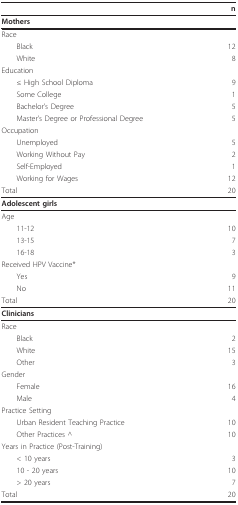
<table><thead><tr><td></td><td><b>n</b></td></tr></thead><tbody><tr><td><b>Mothers</b></td><td></td></tr><tr><td>Race</td><td></td></tr><tr><td> Black</td><td>12</td></tr><tr><td> White</td><td>8</td></tr><tr><td>Education</td><td></td></tr><tr><td> ≤ High School Diploma</td><td>9</td></tr><tr><td> Some College</td><td>1</td></tr><tr><td> Bachelor&#x27;s Degree</td><td>5</td></tr><tr><td> Master&#x27;s Degree or Professional Degree</td><td>5</td></tr><tr><td>Occupation</td><td></td></tr><tr><td> Unemployed</td><td>5</td></tr><tr><td> Working Without Pay</td><td>2</td></tr><tr><td> Self-Employed</td><td>1</td></tr><tr><td> Working for Wages</td><td>12</td></tr><tr><td>Total</td><td>20</td></tr><tr><td><b>Adolescent girls</b></td><td></td></tr><tr><td>Age</td><td></td></tr><tr><td> 11-12</td><td>10</td></tr><tr><td> 13-15</td><td>7</td></tr><tr><td> 16-18</td><td>3</td></tr><tr><td>Received HPV Vaccine*</td><td></td></tr><tr><td> Yes</td><td>9</td></tr><tr><td> No</td><td>11</td></tr><tr><td>Total</td><td>20</td></tr><tr><td><b>Clinicians</b></td><td></td></tr><tr><td>Race</td><td></td></tr><tr><td> Black</td><td>2</td></tr><tr><td> White</td><td>15</td></tr><tr><td> Other</td><td>3</td></tr><tr><td>Gender</td><td></td></tr><tr><td> Female</td><td>16</td></tr><tr><td> Male</td><td>4</td></tr><tr><td>Practice Setting</td><td></td></tr><tr><td> Urban Resident Teaching Practice</td><td>10</td></tr><tr><td> Other Practices ^</td><td>10</td></tr><tr><td>Years in Practice (Post-Training)</td><td></td></tr><tr><td> &lt; 10 years</td><td>3</td></tr><tr><td> 10 - 20 years</td><td>10</td></tr><tr><td> &gt; 20 years</td><td>7</td></tr><tr><td>Total</td><td>20</td></tr></tbody></table>